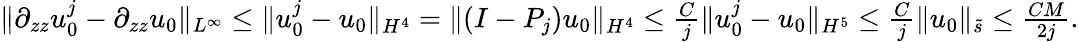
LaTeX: \begin{array}{r}{\| \partial_{zz}u_{0}^{j}-\partial_{zz}u_{0}\| _{L^{\infty}}\leq\| u_{0}^{j}-u_{0}\| _{H^{4}}=\| (I-P_{j})u_{0}\| _{H^{4}}\leq\frac{C}{j}\| u_{0}^{j}-u_{0}\| _{H^{5}}\leq\frac{C}{j}\| u_{0}\| _{\tilde{s}}\leq\frac{CM}{2j}.}\end{array}